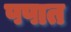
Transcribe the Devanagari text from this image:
पपात